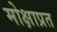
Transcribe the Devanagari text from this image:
मोक्षाप्रत